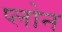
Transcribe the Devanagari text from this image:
प्लोन